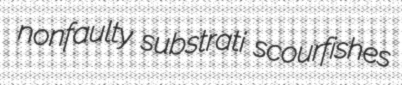
nonfaulty substrati scourfishes